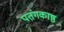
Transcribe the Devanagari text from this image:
पतंगकाष्ठ